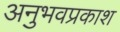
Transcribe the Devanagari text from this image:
अनुभवप्रकाश